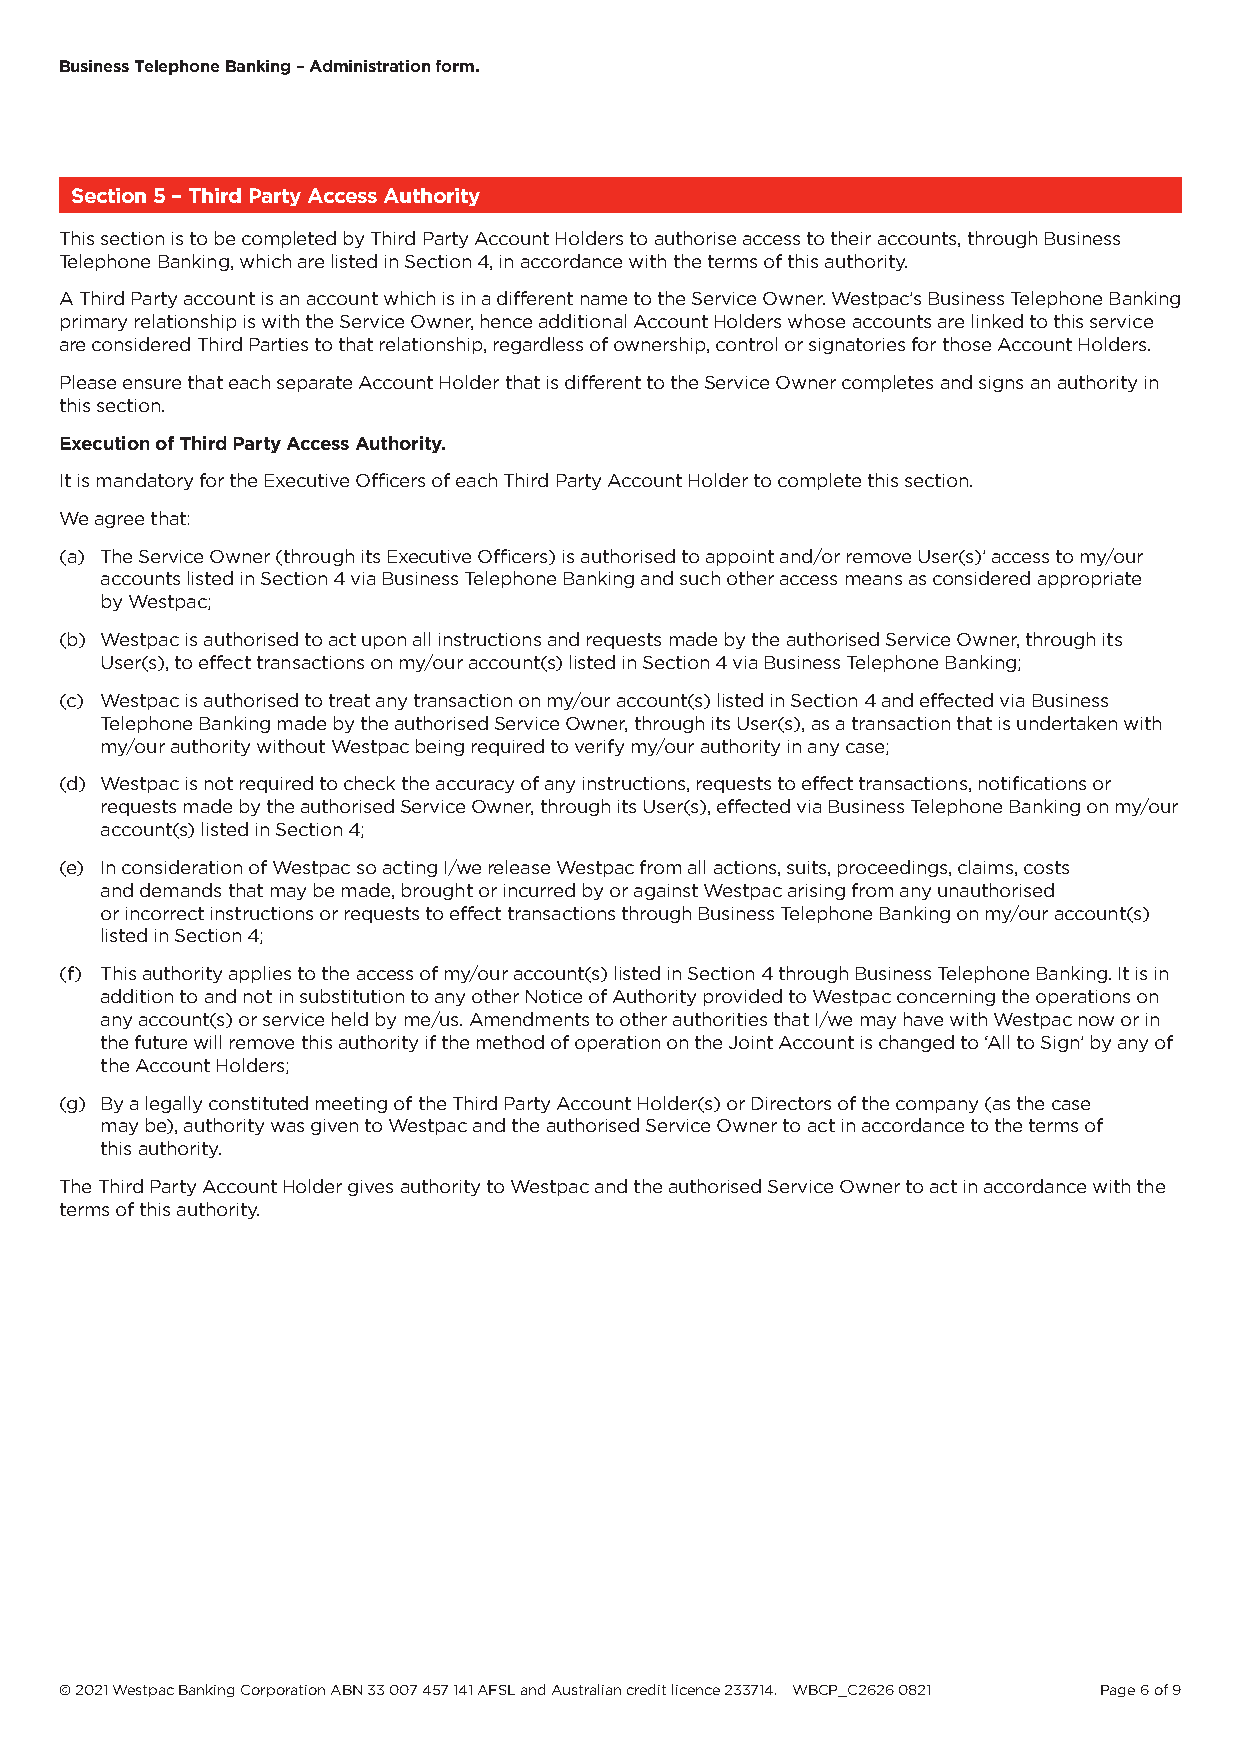
Business Telephone Banking – Administration form.
 Section 5 – Third Party Access Authority
 This section is to be completed by Third Party Account Holders to authorise access to their accounts, through Business
 Telephone Banking, which are listed in Section 4, in accordance with the terms of this authority.
 A Third Party account is an account which is in a different name to the Service Owner. Westpac’s Business Telephone Banking
 primary relationship is with the Service Owner, hence additional Account Holders whose accounts are linked to this service
 are considered Third Parties to that relationship, regardless of ownership, control or signatories for those Account Holders.
 Please ensure that each separate Account Holder that is different to the Service Owner completes and signs an authority in
 this section.
 Execution of Third Party Access Authority.
 It is mandatory for the Executive Officers of each Third Party Account Holder to complete this section.
 We agree that:
 (a) The Service Owner (through its Executive Officers) is authorised to appoint and/or remove User(s)’ access to my/our
 accounts listed in Section 4 via Business Telephone Banking and such other access means as considered appropriate
 by Westpac;
 (b) Westpac is authorised to act upon all instructions and requests made by the authorised Service Owner, through its
 User(s), to effect transactions on my/our account(s) listed in Section 4 via Business Telephone Banking;
 (c) Westpac is authorised to treat any transaction on my/our account(s) listed in Section 4 and effected via Business
 Telephone Banking made by the authorised Service Owner, through its User(s), as a transaction that is undertaken with
 my/our authority without Westpac being required to verify my/our authority in any case;
 (d) Westpac is not required to check the accuracy of any instructions, requests to effect transactions, notifications or
 requests made by the authorised Service Owner, through its User(s), effected via Business Telephone Banking on my/our
 account(s) listed in Section 4;
 (e) In consideration of Westpac so acting I/we release Westpac from all actions, suits, proceedings, claims, costs
 and demands that may be made, brought or incurred by or against Westpac arising from any unauthorised
 or incorrect instructions or requests to effect transactions through Business Telephone Banking on my/our account(s)
 listed in Section 4;
 (f) This authority applies to the access of my/our account(s) listed in Section 4 through Business Telephone Banking. It is in
 addition to and not in substitution to any other Notice of Authority provided to Westpac concerning the operations on
 any account(s) or service held by me/us. Amendments to other authorities that I/we may have with Westpac now or in
 the future will remove this authority if the method of operation on the Joint Account is changed to ‘All to Sign’ by any of
 the Account Holders;
 (g) By a legally constituted meeting of the Third Party Account Holder(s) or Directors of the company (as the case
 may be), authority was given to Westpac and the authorised Service Owner to act in accordance to the terms of
 this authority.
 The Third Party Account Holder gives authority to Westpac and the authorised Service Owner to act in accordance with the
 terms of this authority.
 © 2021 Westpac Banking Corporation ABN 33 007 457 141 AFSL and Australian credit licence 233714. WBCP_C2626 0821 Page 6 of 9